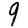
Digit: 9